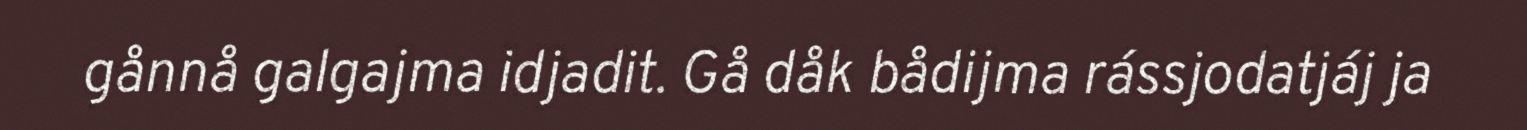
gånnå galgajma idjadit. Gå dåk bådijma rássjodatjáj ja